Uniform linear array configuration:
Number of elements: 8
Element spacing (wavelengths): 1
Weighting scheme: uniform
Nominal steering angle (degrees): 15
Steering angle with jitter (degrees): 15.109
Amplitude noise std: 0.05
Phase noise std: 0.05

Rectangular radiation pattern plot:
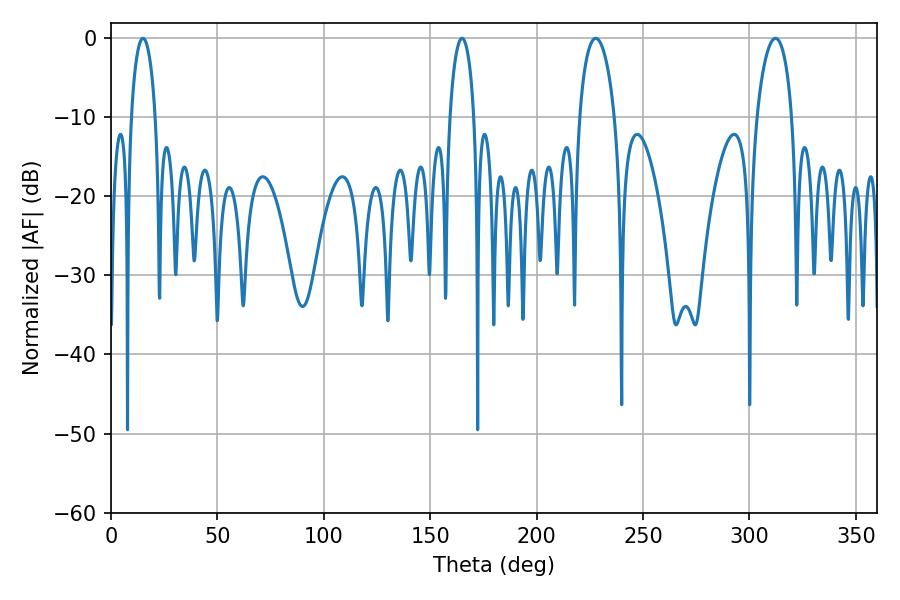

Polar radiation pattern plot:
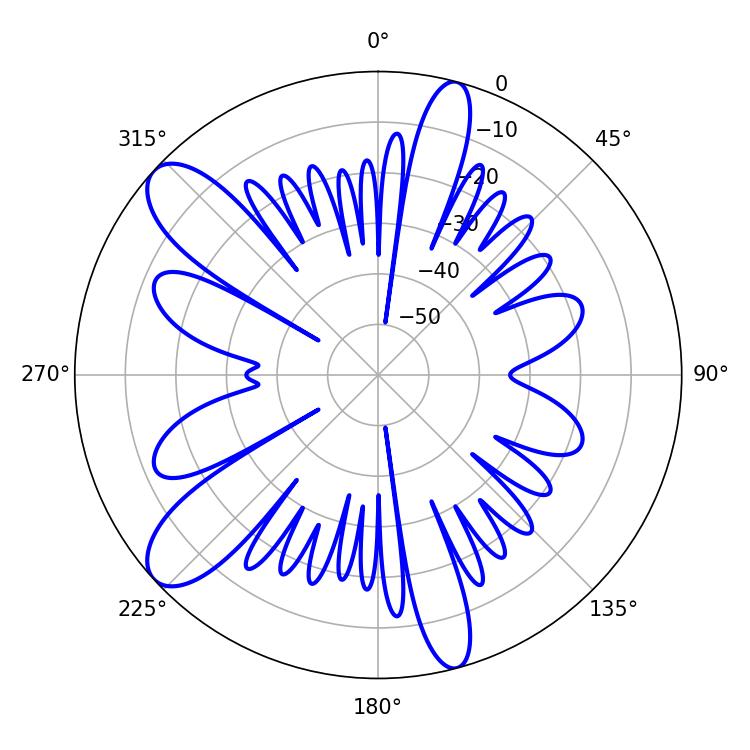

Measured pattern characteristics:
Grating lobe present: TRUE
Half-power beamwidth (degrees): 9.54
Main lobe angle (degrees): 227.7